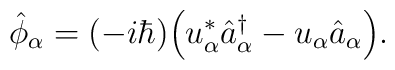
\hat{\phi}_{\alpha} = (- i \hbar) \Bigl( u^*_{\alpha}\hat{a}^{\dagger}_{\alpha}- u_{\alpha} \hat{a}_{\alpha} \Bigr).